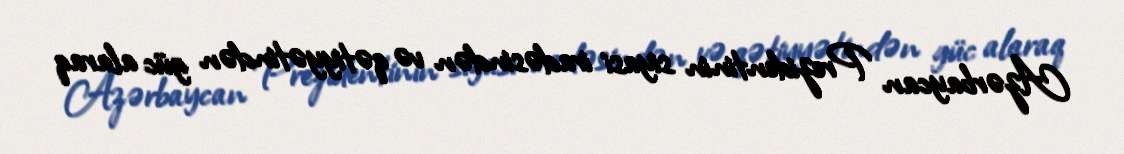
Azərbaycan Prezidentinin siyasi iradəsindən və qətiyyətindən güc alaraq